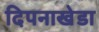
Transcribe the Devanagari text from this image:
दिपनाखेडा